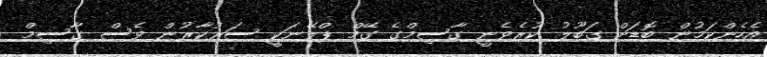
އެހެންކަމުން ބޮޑަށް ގަބޫލު ކުރެވެނީ ގާސިމްގެ ގޭމް ޕްލޭނަކީ ސަރުކާރުން ވެސް ގާސިމް